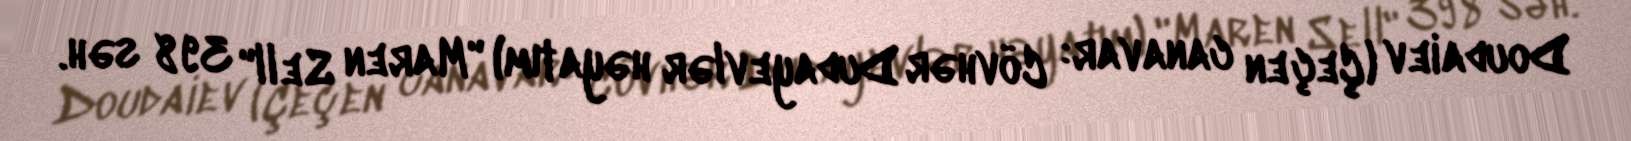
Doudaïev (Çeçen canavar: Cövhər Dudayevlər həyatım) "Maren Sell" 398 səh.